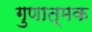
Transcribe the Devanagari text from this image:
गुणात्‍मक